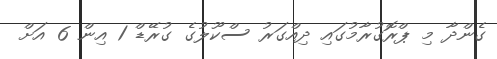
ގެންދާ މި ޕްރޮގުރާމުގައި ދިއްގަރު ސްކޫލުގެ ގުރޭޑް 1 އިން 6 އަށް